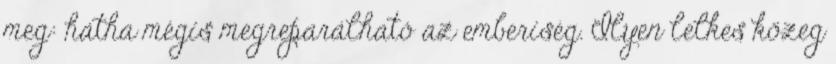
meg: hátha mégis megreparálható az emberiség. Ilyen lelkes közeg